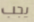
يجب